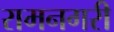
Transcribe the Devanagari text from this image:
रामनगरी